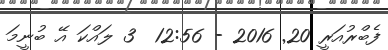
ފެބްރުއަރީ 20